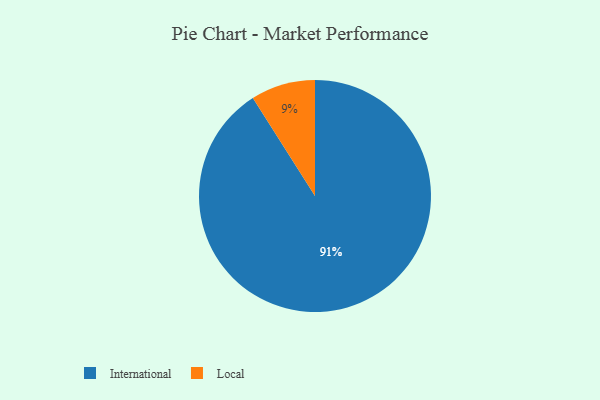
{"axis": {"x": "Category", "y": "Percentage"}, "legend": ["International", "Local"], "data": [{"x": "Local", "y": 9, "type": "Local"}, {"x": "International", "y": 91, "type": "International"}]}